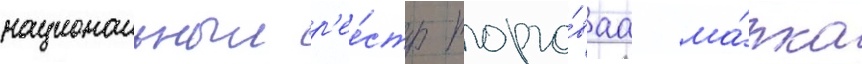
национальныи р'ее́стр торго́ваа ма́рка